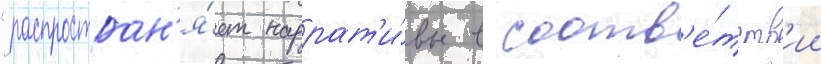
"распростран'я́ет наррат'и́вы в соотв'е́тств'ии